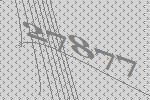
27877